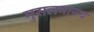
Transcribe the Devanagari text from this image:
मुसलमानच